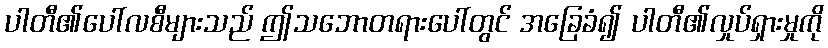
ပါတီ၏ပေါ်လစီများသည် ဤသဘောတရားပေါ်တွင် အခြေခံ၍ ပါတီ၏လှုပ်ရှားမှုကို